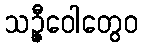
သဉ္ဇီဝေါတွေဝ